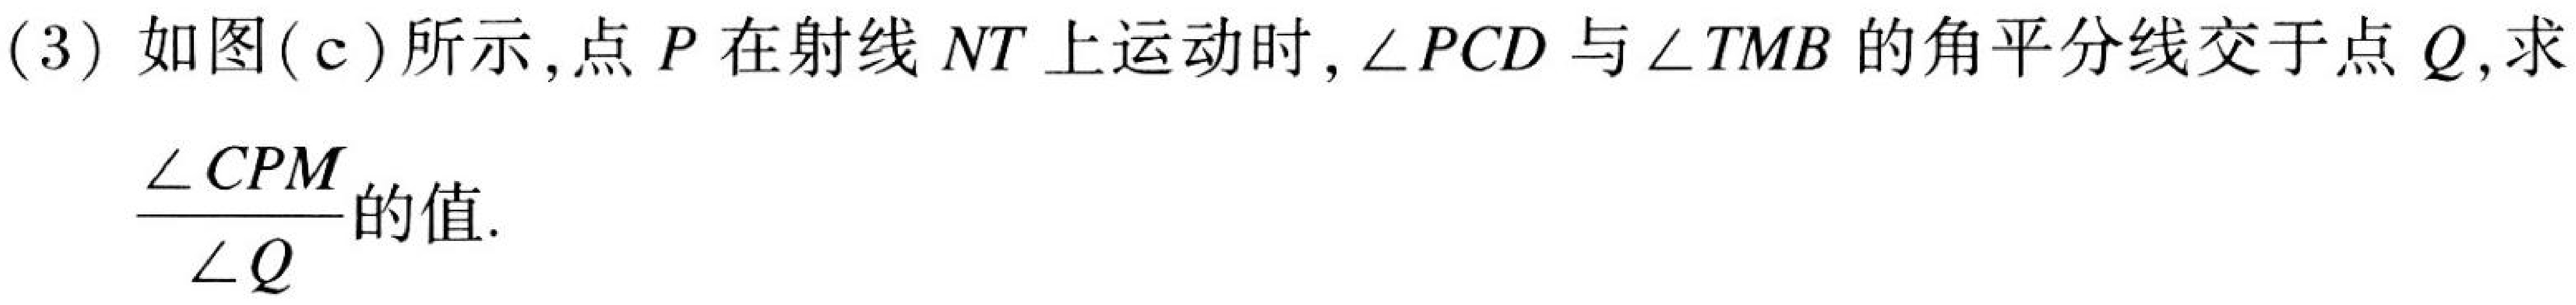
(3) 如图(c)所示,点\(P\)在射线\(NT\)上运动时,\(\angle PCD\)与\(\angle TMB\)的角平分线交于点\(Q\),求
\(\frac{\angle CPM}{\angle Q}\)的值.